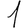
Digit: 1